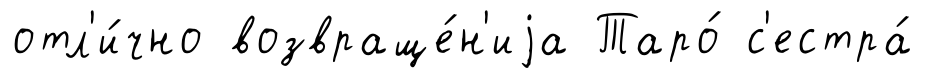
отл'и́чно возвраще́н'иjа Таро́ с'естра́